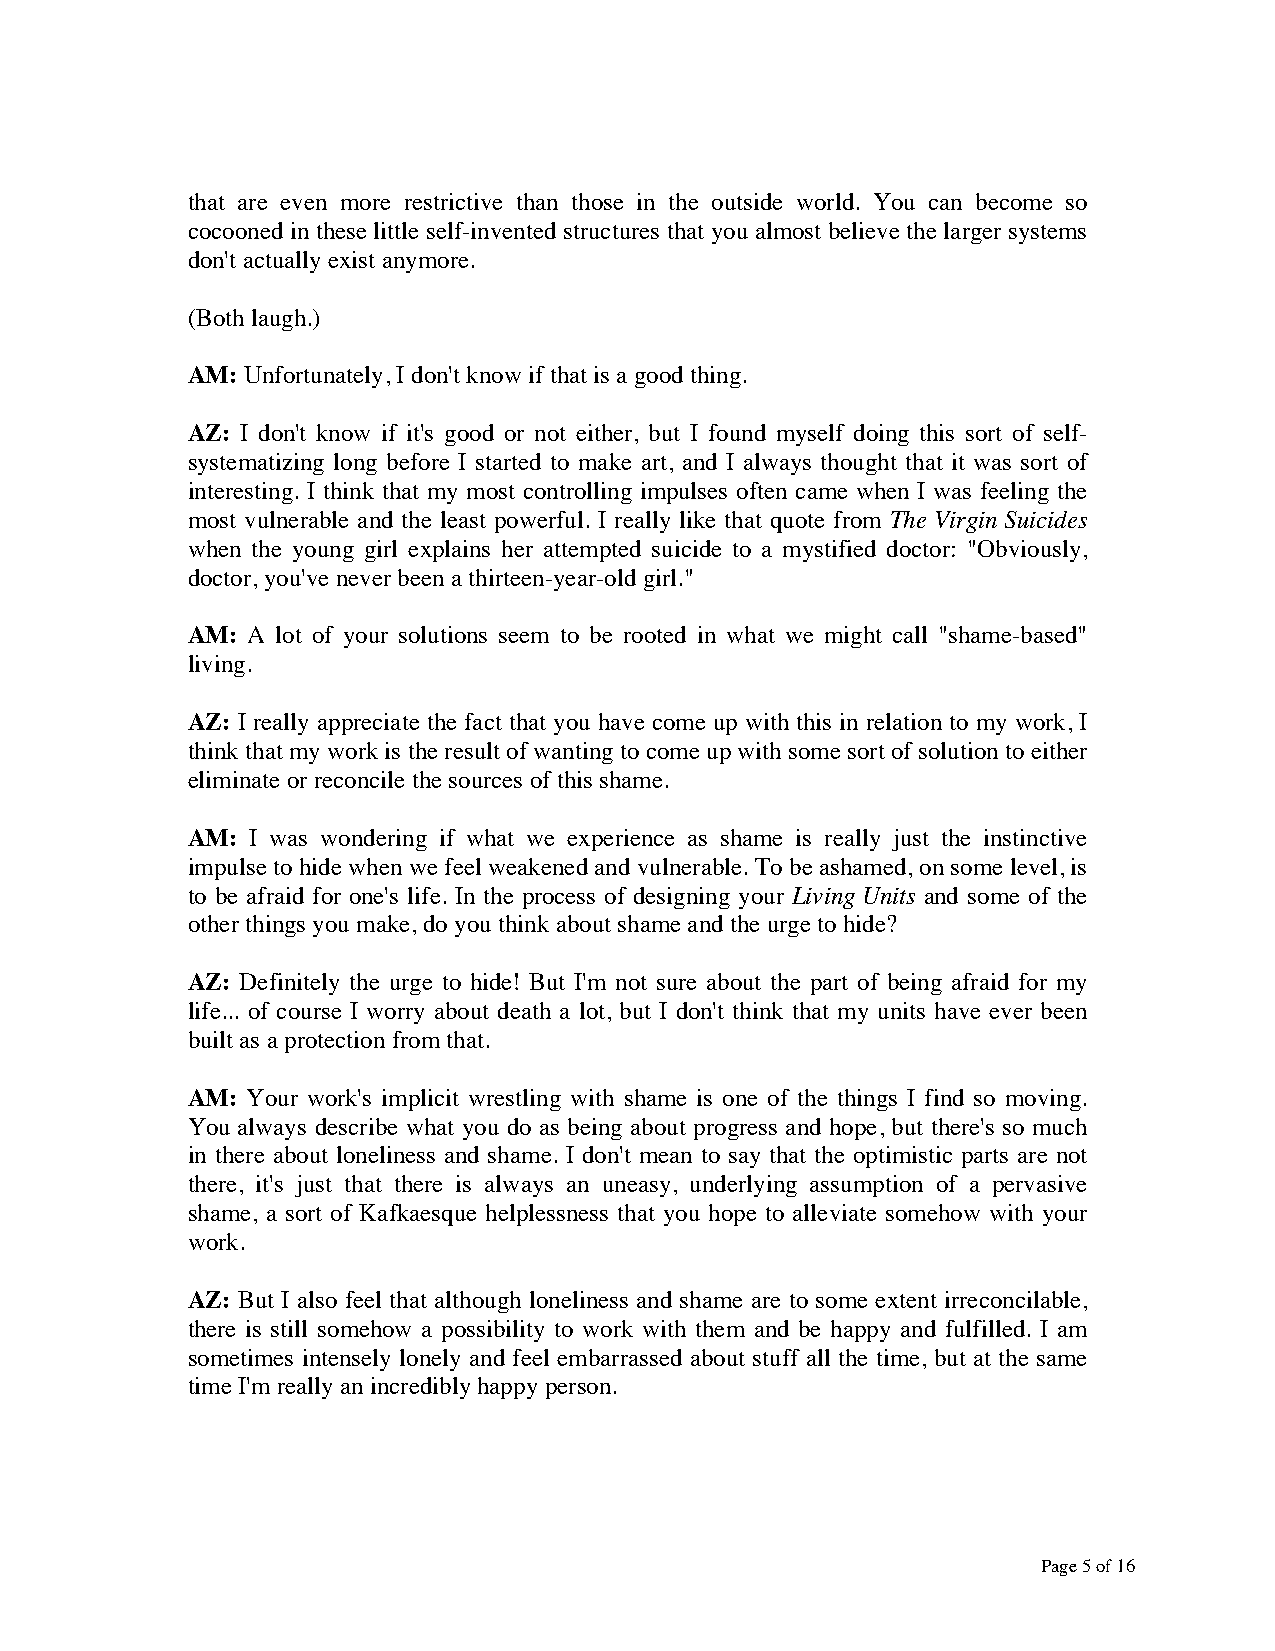
that are even more restrictive than those in the outside world. You can become so
 cocooned in these little self-invented structures that you almost believe the larger systems
 don't actually exist anymore.
 (Both laugh.)
 AM: Unfortunately, I don't know if that is a good thing.
 AZ: I don't know if it's good or not either, but I found myself doing this sort of self-
 systematizing long before I started to make art, and I always thought that it was sort of
 interesting. I think that my most controlling impulses often came when I was feeling the
 most vulnerable and the least powerful. I really like that quote from The Virgin Suicides
 when the young girl explains her attempted suicide to a mystified doctor: "Obviously,
 doctor, you've never been a thirteen-year-old girl."
 AM: A lot of your solutions seem to be rooted in what we might call "shame-based"
 living.
 AZ: I really appreciate the fact that you have come up with this in relation to my work, I
 think that my work is the result of wanting to come up with some sort of solution to either
 eliminate or reconcile the sources of this shame.
 AM:  I was wondering if what we experience as shame is really just the instinctive
 impulse to hide when we feel weakened and vulnerable. To be ashamed, on some level, is
 to be afraid for one's life. In the process of designing your Living Units and some of the
 other things you make, do you think about shame and the urge to hide?
 AZ: Definitely the urge to hide! But I'm not sure about the part of being afraid for my
 life... of course I worry about death a lot, but I don't think that my units have ever been
 built as a protection from that.
 AM: Your work's implicit wrestling with shame is one of the things I find so moving.
 You always describe what you do as being about progress and hope, but there's so much
 in there about loneliness and shame. I don't mean to say that the optimistic parts are not
 there, it's just that there is always an uneasy, underlying assumption of a pervasive
 shame, a sort of Kafkaesque helplessness that you hope to alleviate somehow with your
 work.
 AZ: But I also feel that although loneliness and shame are to some extent irreconcilable,
 there is still somehow a possibility to work with them and be happy and fulfilled. I am
 sometimes intensely lonely and feel embarrassed about stuff all the time, but at the same
 time I'm really an incredibly happy person.
 Page 5 of 16